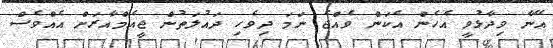
އޭނާ ވިދާޅުވީ އެހެން އެކަން ވެއްޖެ ނަމަ ދިވެހި ދައުލަތުން ޖީއެމްއާރަށް އެއްވެސް